NAE_EAA_T-354_Tartu_Tamme_Gumnaasium, lk 3
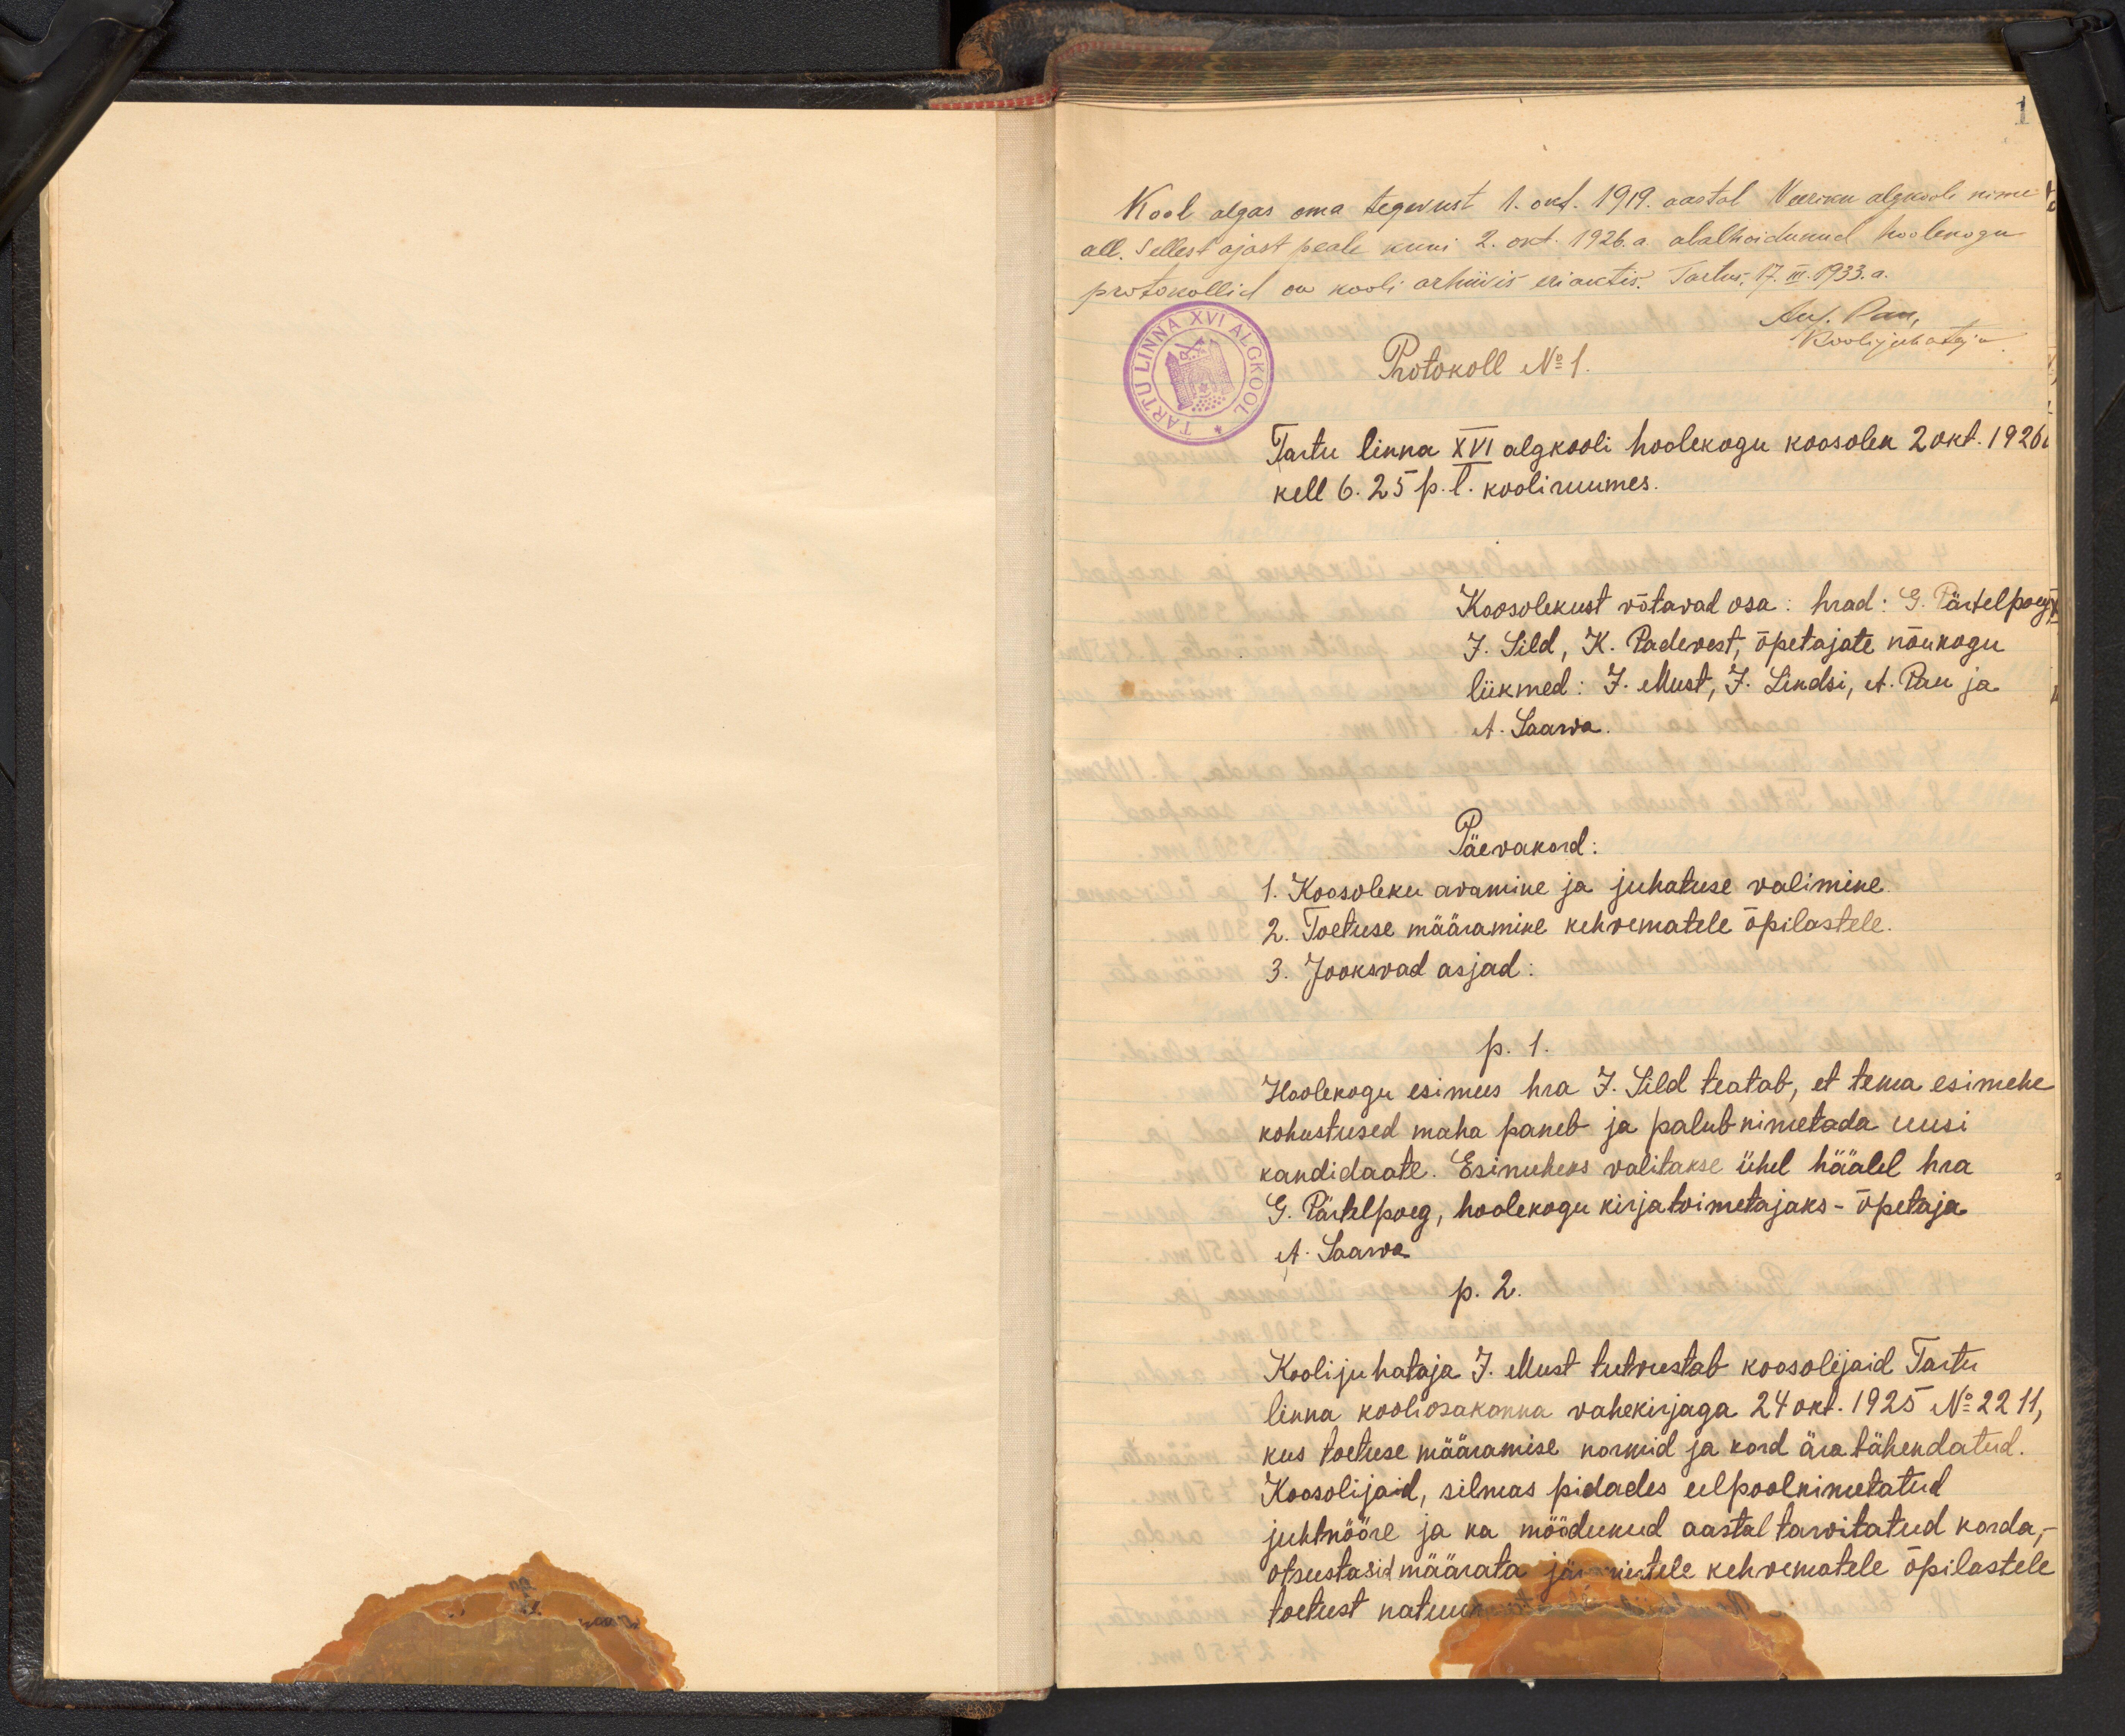
Kool algas oma tegevust 1.okl. 1919. aastal Veeriku algkooli nime
all. Sellest ajast peale kuni 2. okt. 1926. a. alalhoidunud hoolekogu
protokollid on kooli arhiivis eriaktis. Tartus 17.III. 1933. a.
Aus. Pau,
Koolijuhataja
Protokoll No1.
Tartu linna XVI algkooli hoolekogu koosolek 2 okt. 1926 a
kell 6. 25 p.l. kooli ruumes.
Koosolekust võtavad osa: hrad: G. Pärtelpoegt
J. Sild, K. Padevest, õpetajate nõukogu
liikmed: J. Must, J. Lindsi, A. Pau ja
A. Saarwa.
Päevakord:
1. Koosoleku avamine ja juhatuse valimine.
2. Toetuse määramine kehvematele õpilastele.
3. Jooksvad asjad:
p. 1.
Hoolekogu esimees hra J. Sild teatab, et tema esimehe
kohustused maha paneb ja palub nimetada uusi
kandidaate. Esimeheks valitakse ühel häälel hra
G. Pärlelpoeg, hoolekogu kirjatoimetajaks - õpetaja
A. Saarva
p. 2.
Koolijuhataja J. Must tutvustab koosolijaid Tartu
linna kooliosakonna vahekirjaga 24 okt. 1925 No 2211,
kus toetuse määramise normid ja kord ära tähendatud.
Koosolijaid, silmas pidades eelpoolnimetatud
juhtnööre ja ka möödunud aastal tarvitatud korda;
otsustasid määrata järgmistele kehvematele õpilastele
toetust natuu